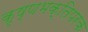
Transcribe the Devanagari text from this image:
कृष्णभक्तिपरक